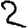
Digit: 2